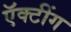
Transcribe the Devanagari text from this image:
ऍक्टींग